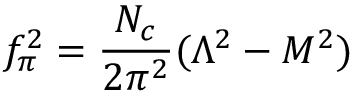
f _ { \pi } ^ { 2 } = \frac { N _ { c } } { 2 \pi ^ { 2 } } ( \Lambda ^ { 2 } - M ^ { 2 } )